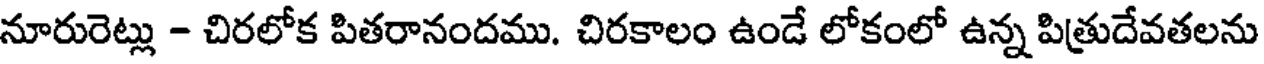
నూరురెట్లు - చిరలోక పితరానందము. చిరకాలం ఉండే లోకంలో ఉన్న పిత్రుదేవతలను